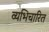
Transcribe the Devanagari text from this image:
व्यभिचारित